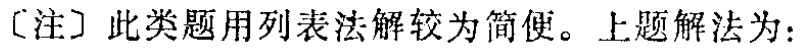
[注] 此类题用列表法解较为简便。上题解法为：